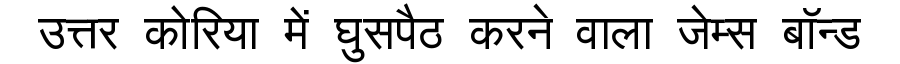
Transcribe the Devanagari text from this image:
उत्तर कोरिया में घुसपैठ करने वाला जेम्स बॉन्ड